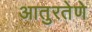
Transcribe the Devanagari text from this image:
आतुरतेणे